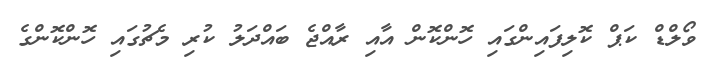
ވޯލްޑް ކަޕް ކޮލިފައިންގައި ހޮންކޮން އާއި ރާއްޖެ ބައްދަލު ކުރި މެޗުގައި ހޮންކޮންގެ